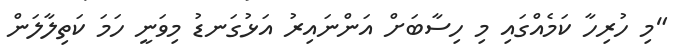
"މި ހުރިހާ ކަމެއްގައި މި ހިސާބަށް އަންނައިރު އަޅުގަނޑު މިވަނީ ހަމަ ކަތިލާލަން